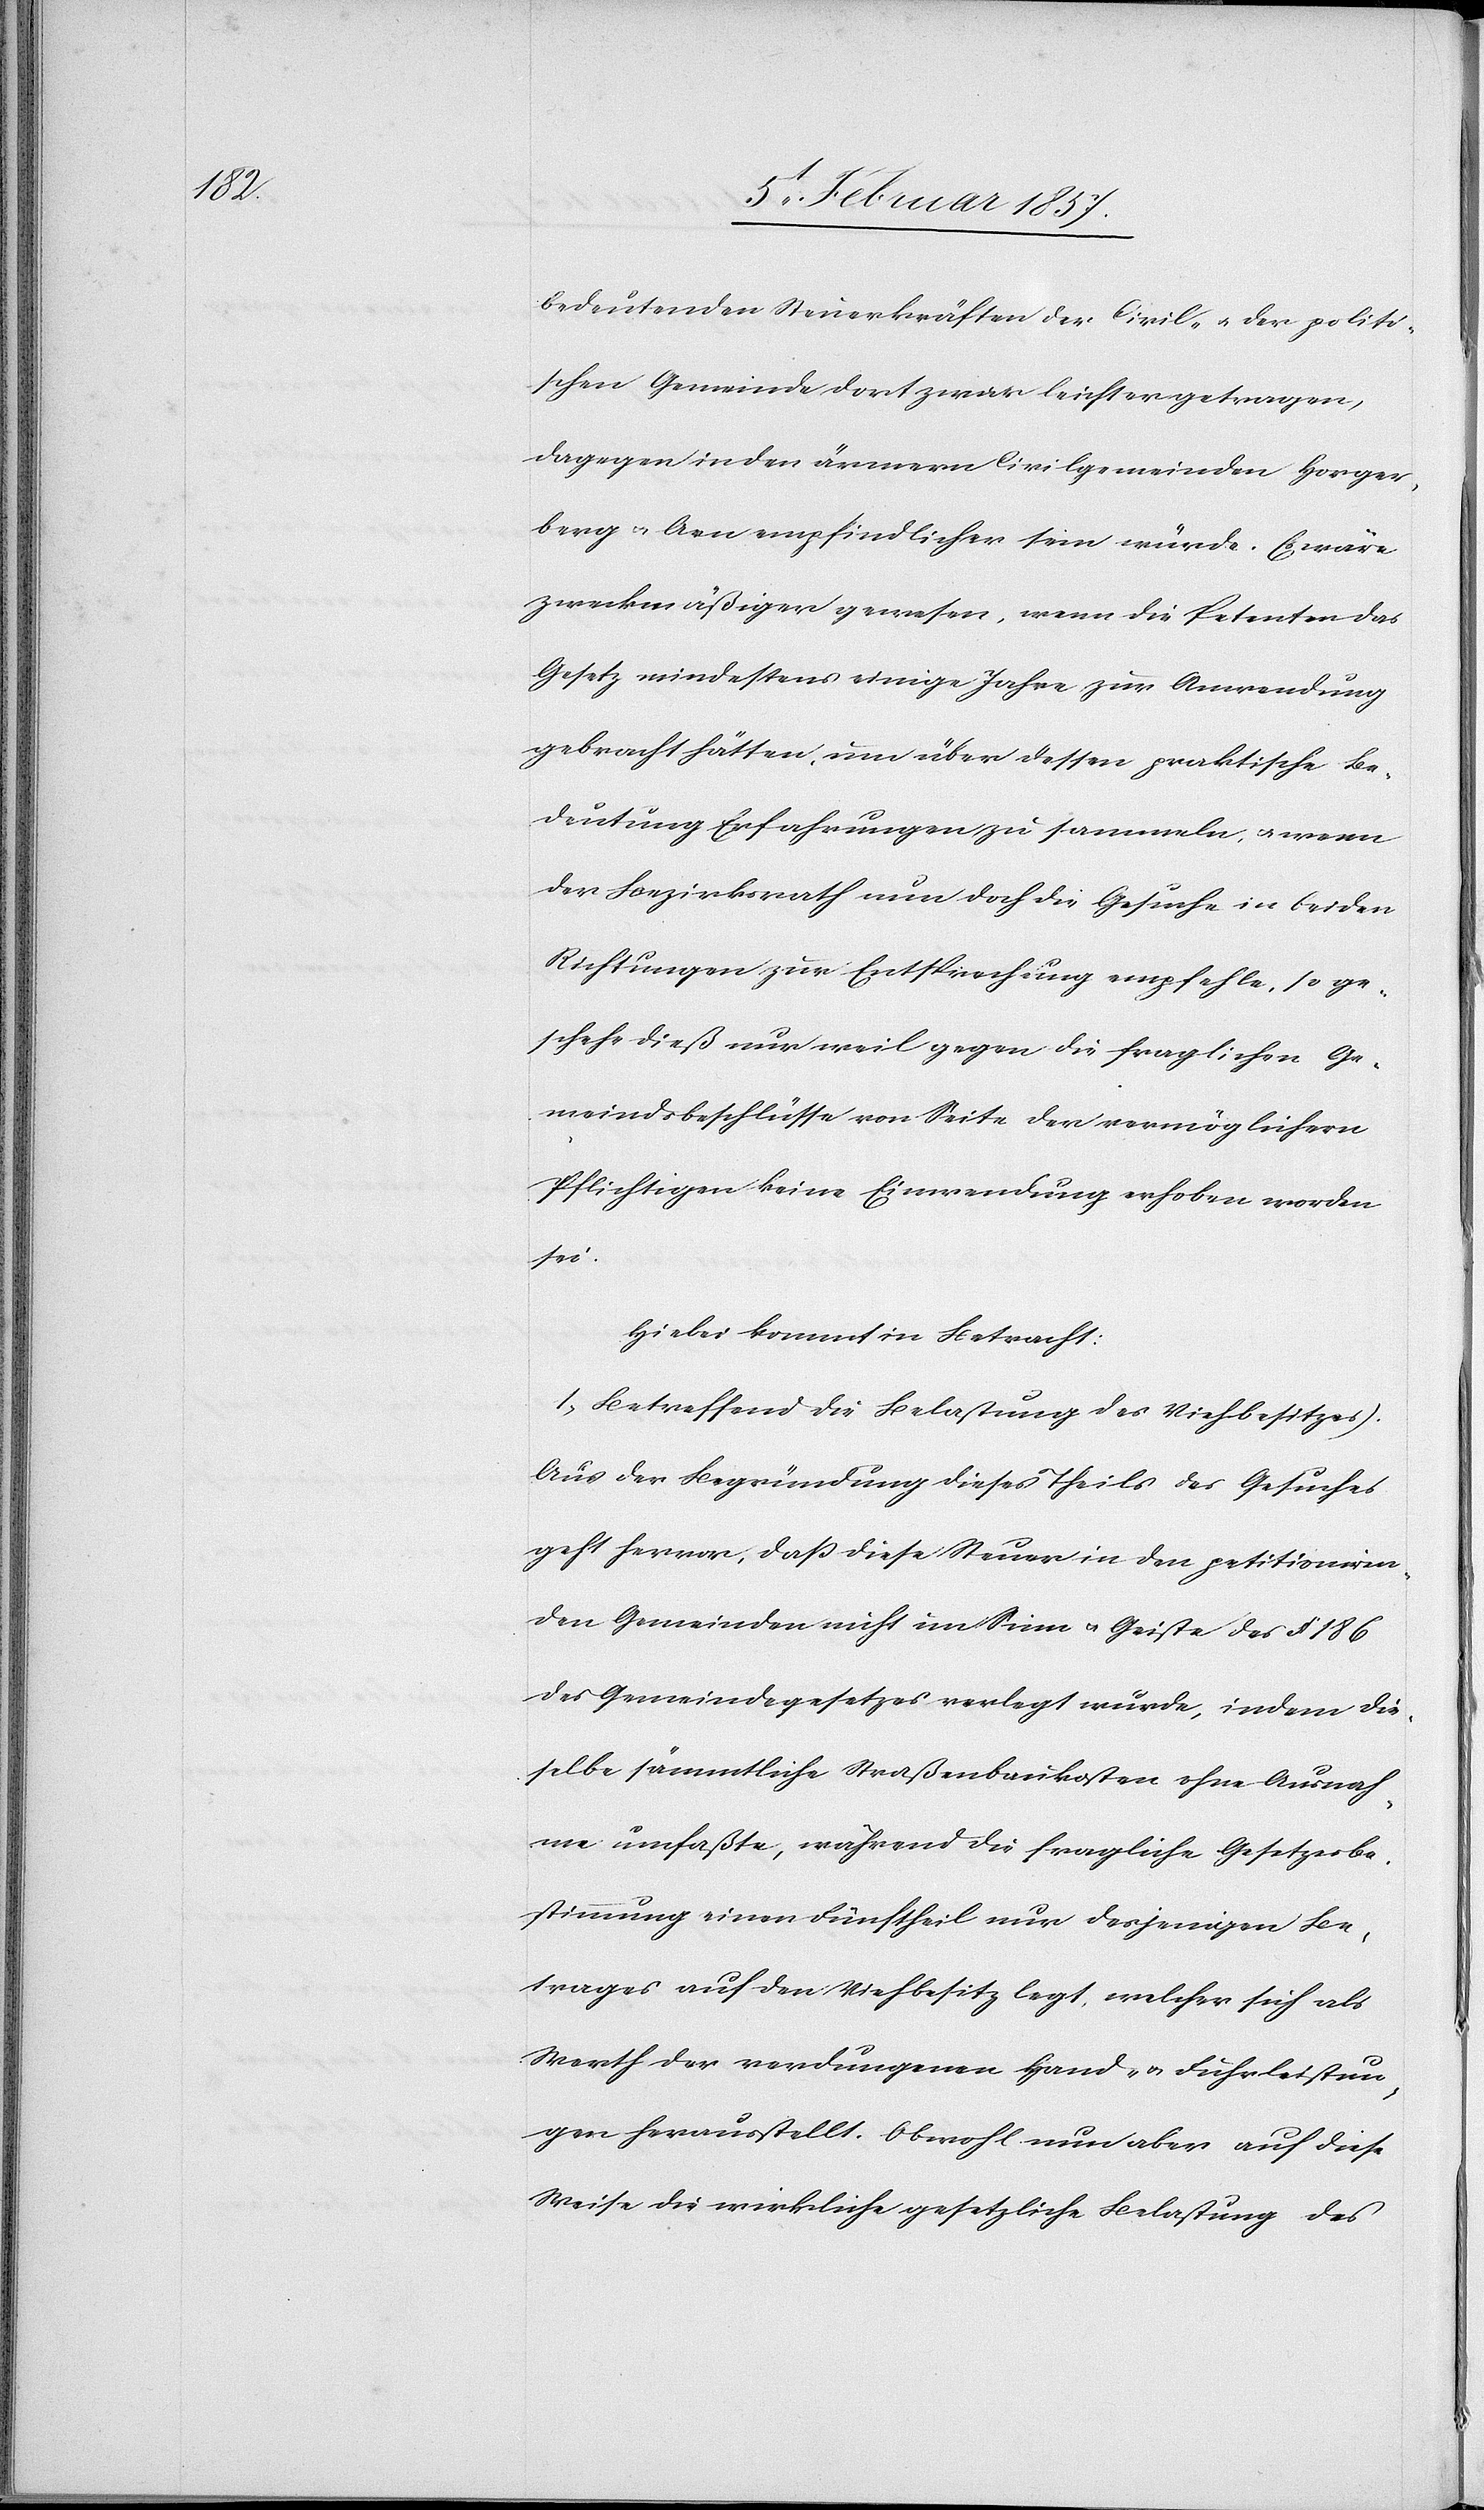
bedeutenden Steuerkräften der Civil- u. der politi¬
schen Gemeinde dort zwar leichter getragen,
dagegen in den ärmern Civilgemeiden Horger¬
berg & Arn empfindlicher sein würde. Es wäre
zweckmäßiger gewesen, wenn die Petenten das
Gesetz mindestens einige Jahre zur Anwendung
gebracht hätten, um über dessen praktische Be¬
deutung Erfahrungen zu sammeln, & wenn
der Bezirksrath nun doch die Gesuche in beiden
Richtungen zur Entsprechung empfehle, so ge¬
schehe dieß nur weil gegen die fraglichen Ge¬
meindsbeschlüsse von Seite der vermöglichern
Pflichtigen keine Einwendung erhoben worden
sei.
Hiebei kommt in Betracht:
[(]Betreffend die Belastung der Viehbesitzes).
Aus der Begründung dieses Theils des Gesuches
geht hervor, daß diese Steuer in den petitioniren¬
den Gemeinden nicht im Sinn & Geiste des § 186
des Gemeindegesetzes verlegt wurde, indem die¬
selbe sämmtliche Straßenbaukosten ohne Ausnah¬
me umfaßte, während die fragliche Gesetzesbe¬
stimmung einen Fünftheil nur desjenigen Be¬
trages auf den Viehbesitz legt, welcher sich als
Werth der verdungenen Hand- & Fuhrleistun¬
gen herausstellt. Obwohl nun aber auf diese
Weise die wirkliche gesetzliche Belastung des